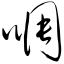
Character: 啁